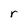
Character: r